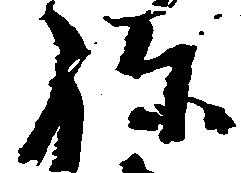
ね